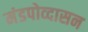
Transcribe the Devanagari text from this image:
मंडपोव्दासन